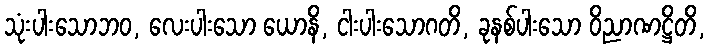
သုံးပါးသောဘဝ, လေးပါးသော ယောနိ, ငါးပါးသောဂတိ, ခုနစ်ပါးသော ဝိညာဏဋ္ဌိတိ,